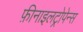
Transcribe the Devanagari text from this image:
फ़ीनाइलट्रोपेन्स